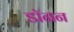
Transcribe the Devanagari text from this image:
डॉनन